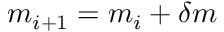
m _ { i + 1 } = m _ { i } + \delta m